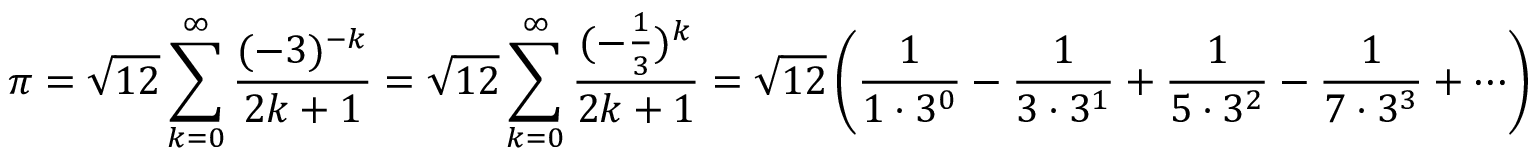
\pi = { \sqrt { 1 2 } } \sum _ { k = 0 } ^ { \infty } { \frac { ( - 3 ) ^ { - k } } { 2 k + 1 } } = { \sqrt { 1 2 } } \sum _ { k = 0 } ^ { \infty } { \frac { ( - { \frac { 1 } { 3 } } ) ^ { k } } { 2 k + 1 } } = { \sqrt { 1 2 } } \left( { \frac { 1 } { 1 \cdot 3 ^ { 0 } } } - { \frac { 1 } { 3 \cdot 3 ^ { 1 } } } + { \frac { 1 } { 5 \cdot 3 ^ { 2 } } } - { \frac { 1 } { 7 \cdot 3 ^ { 3 } } } + \cdots \right)